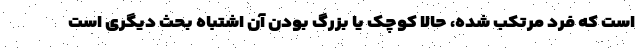
است که فرد مرتکب شده، حالا کوچک یا بزرگ بودن آن اشتباه بحث دیگری است